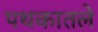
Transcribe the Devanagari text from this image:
पथकातले